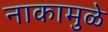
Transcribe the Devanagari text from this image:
नाकामुळे